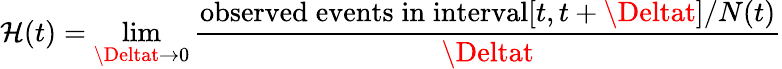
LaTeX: \mathcal{H}(t)=\operatorname*{lim}_{\Deltat\rightarrow0}{\frac{{\mathrm{{observed\; events\; in\; interval}}[t,t+\Deltat]/N(t)}}{{\Deltat}}}